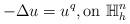
LaTeX: \begin{align*}-\Delta u=u^q,\textrm{on}\ \mathbb{H}_h^n\end{align*}